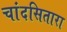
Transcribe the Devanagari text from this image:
चांदसितारा